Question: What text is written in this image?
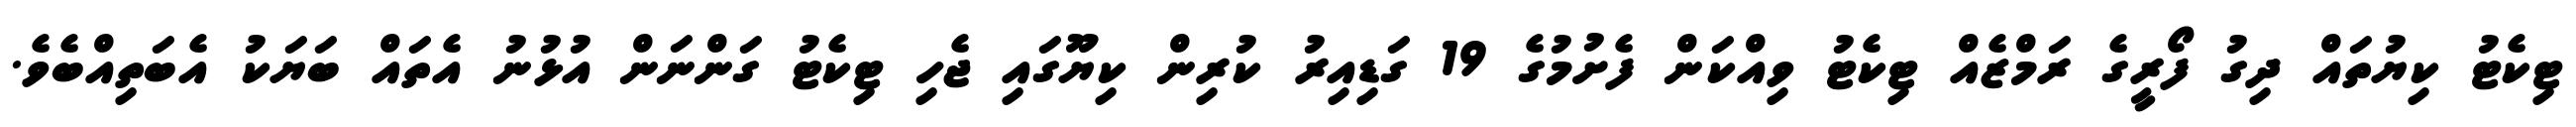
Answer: ޓިކެޓު ކިޔުތައް ދިގު ފޯރީގެ ރަމްޒެއް ޓިކެޓު ވިއްކަން ފެށުމުގެ 19 ގަޑިއިރު ކުރިން ކިޔޫގައި ޖެހި ޓިކެޓު ގަންނަން އުޅުނު އެތައް ބަޔަކު އެބަތިއްބެވެ.